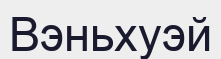
Вэньхуэй